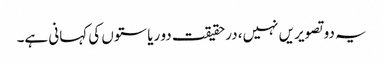
یہ دو تصویریں نہیں، درحقیقت دو ریاستوں کی کہانی ہے۔